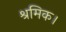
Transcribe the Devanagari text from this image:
श्रमिक।